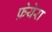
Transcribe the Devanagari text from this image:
फ़ेयेरा